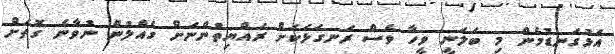
އަޅުގަނޑުމެން މި ބަލަނީ ވީހާ ވެސް ރަނގަޅަކަށް ރައްޔިތުންނަށް ގެއްލުން ނުވާނެ ގޮތަށް